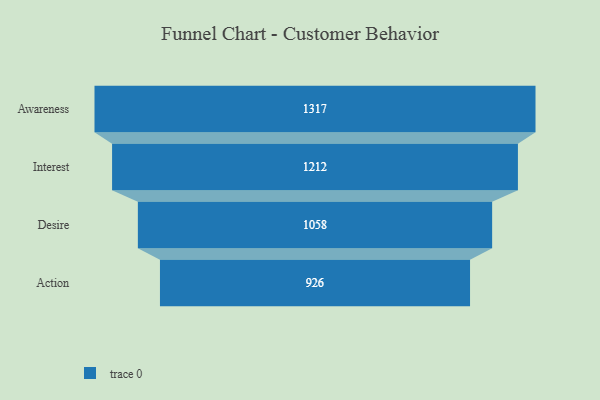
{"axis": {"x": "Stage", "y": "Value"}, "legend": [""], "data": [{"x": "Awareness", "y": 1317.0, "type": ""}, {"x": "Interest", "y": 1212.0, "type": ""}, {"x": "Desire", "y": 1058.0, "type": ""}, {"x": "Action", "y": 926.0, "type": ""}]}